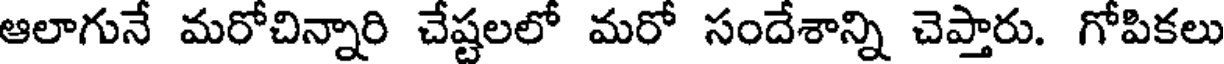
ఆలాగునే మరోచిన్నారి చేష్టలలో మరో సందేశాన్ని చెప్తారు. గోపికలు